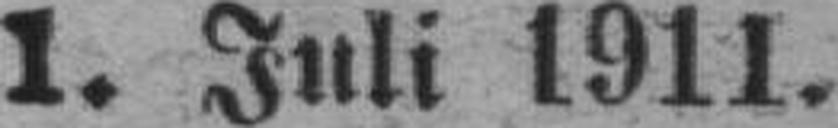
1. Juli 1911.